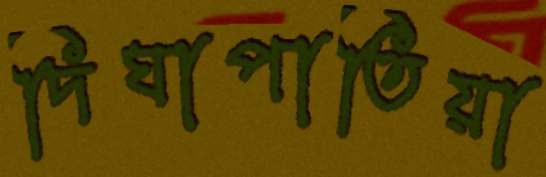
দিঘাপাতিয়া